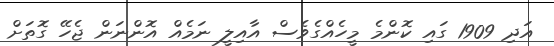
އަދި 1909 ގައި ކޮންމެ މީހެއްގެވެސް އާއިލީ ނަމެއް އޮންނަން ޖެހޭ ގޮތަށް